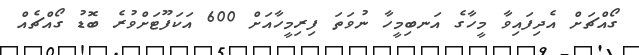
ގޯއްޗަށް އެދިފައިވާ މީހާގެ އަނބިމީހާ ނުވަތަ ފިރިމީހާއަށް 600 އަކަފޫޓަށްވުރެ ބޮޑު ގޯއްޗެއް